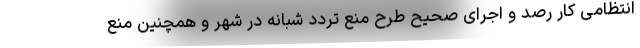
انتظامی کار رصد و اجرای صحیح طرح منع تردد شبانه در شهر و همچنین منع